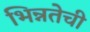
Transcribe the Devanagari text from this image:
भिन्नतेची